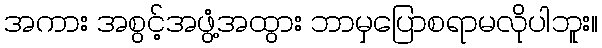
အကား အစွင့်အဖွံ့အထွား ဘာမှပြောစရာမလိုပါဘူး။